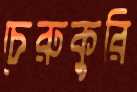
চেরুকুরি